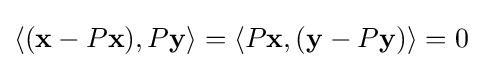
\langle (\mathbf {x} -P\mathbf {x} ),P\mathbf {y} \rangle =\langle P\mathbf {x} ,(\mathbf {y} -P\mathbf {y} )\rangle =0